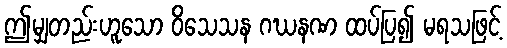
ဤမျှတည်းဟူသော ဝိသေသန ဂဃနဏ ထပ်ပြ၍ မရသဖြင့်